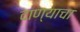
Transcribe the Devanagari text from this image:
दाण्याचा